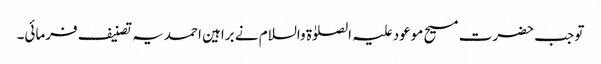
تو جب حضرت مسیح موعود علیہ الصلوٰۃ والسلام نے براہین احمدیہ تصنیف فرمائی۔